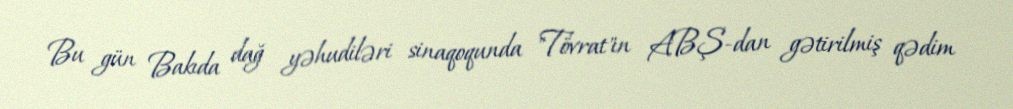
Bu gün Bakıda dağ yəhudiləri sinaqoqunda "Tövrat"ın ABŞ-dan gətirilmiş qədim